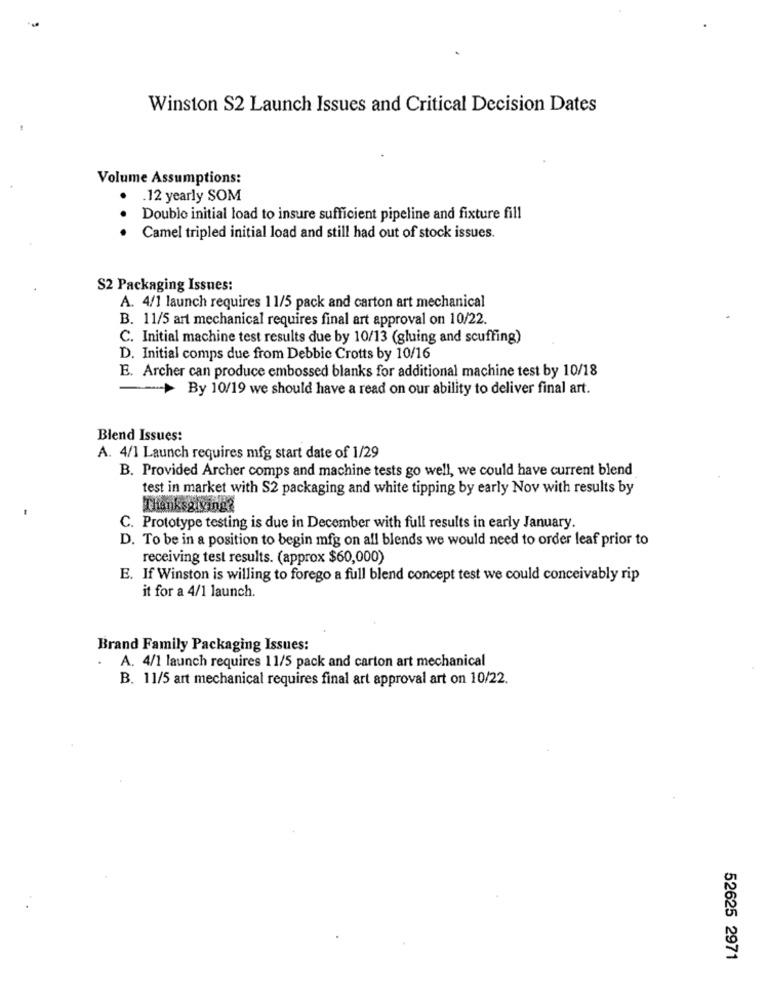
Winston S2 Launch Issues and Critical Decision Dates
Volume Assumptions:
.12 yearly SOM
Double initial load to insure sufficient pipeline and fixture fill
.. .
Camel tripled initial load and still had out of stock issues.
S2 Packaging Issues:
A. 4/1 launch requires 11/5 pack and carton art mechanical
B. 11/5 art mechanical requires final art approval on 10/22.
C. Initial machine test results due by 10/13 (gluing and scuffing)
D. Initial comps due from Debbie Crotts by 10/16
E. Archer can produce embossed blanks for additional machine test by 10/18
--- > By 10/19 we should have a read on our ability to deliver final art.
Blend Issues:
A. 4/1 Launch requires mfg start date of 1/29
B. Provided Archer comps and machine tests go well, we could have current blend
test in market with S2 packaging and white tipping by early Nov with results by
Thanksgiving?
C. Prototype testing is due in December with full results in early January.
D. To be in a position to begin mfg on all blends we would need to order leaf prior to
receiving test results. (approx $60,000)
E. If Winston is willing to forego a full blend concept test we could conceivably rip
it for a 4/1 launch.
Brand Family Packaging Issues:
. A. 4/1 launch requires 11/5 pack and carton art mechanical
B. 11/5 art mechanical requires final art approval art on 10/22.
52625 2971